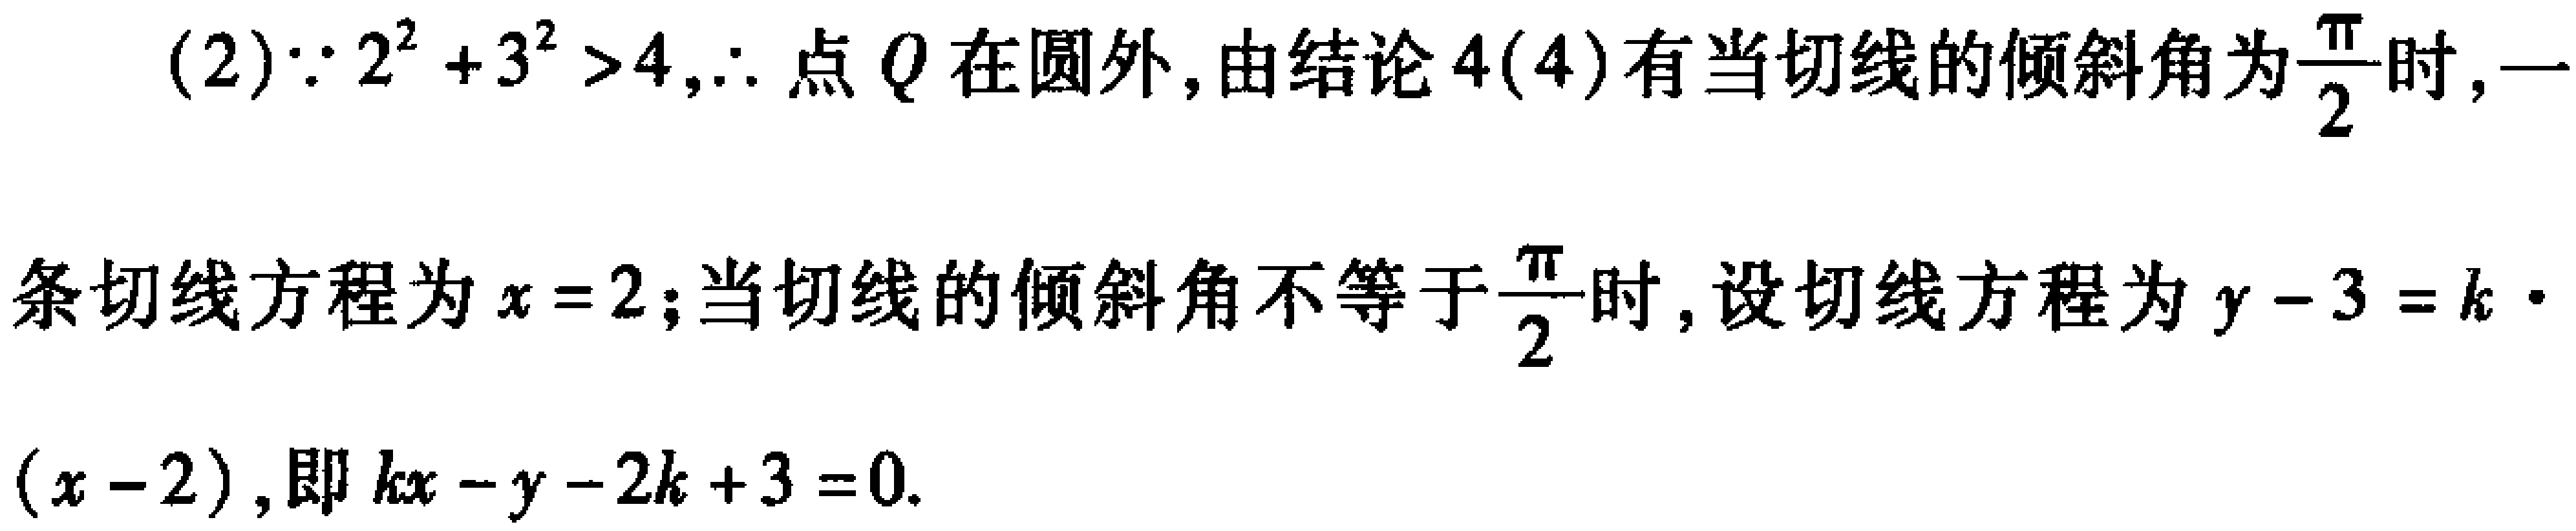
(2)$\because 2^{2}+3^{2}>4$,$\therefore$ 点 $Q$ 在圆外, 由结论 $4(4)$ 有当切线的倾斜角为$\frac{\pi}{2}$时, 一
条切线方程为 $x = 2$; 当切线的倾斜角不等于$\frac{\pi}{2}$时, 设切线方程为 $y - 3 = k\cdot$
$(x - 2)$, 即 $kx - y - 2k + 3 = 0$.